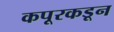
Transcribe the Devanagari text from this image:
कपूरकडून